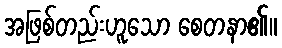
အဖြစ်တည်းဟူသော စေတနာ၏။